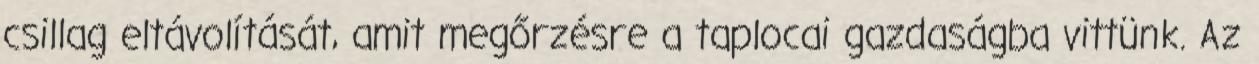
csillag eltávolítását, amit megőrzésre a taplocai gazdaságba vittünk. Az